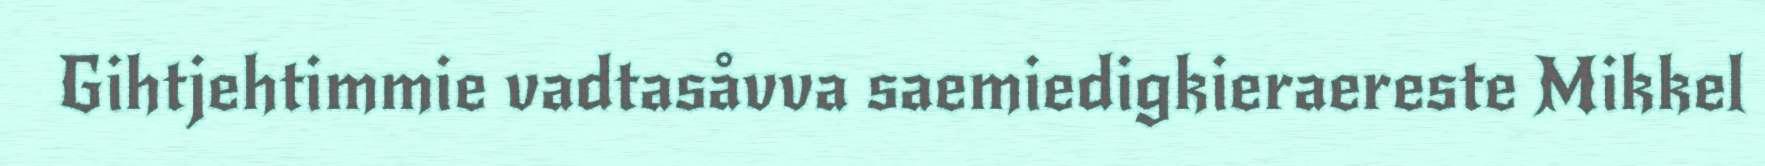
Gihtjehtimmie vadtasåvva saemiedigkieraereste Mikkel